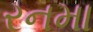
રનમા